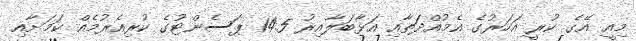
މިއީ އޭގެ ކުރީ އަހަރުގެ އެމުއްދަތާއި އަޅާބަލާއިރު 14.5 ޕަސެންޓުގެ ކުރިއެރުމެއް ކަމަށާއި